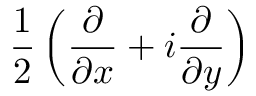
\frac { 1 } { 2 } \left( \frac { \partial } { \partial x } + i \frac { \partial } { \partial y } \right)